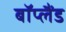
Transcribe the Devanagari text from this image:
बॉप्लैंड